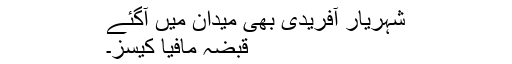
شہریار آفریدی بھی میدان میں آگئے
قبضہ مافیا کیسز۔